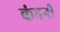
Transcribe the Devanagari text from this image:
कंबनी